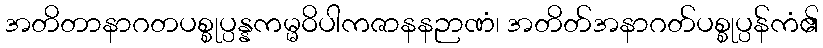
အတိတာနာဂတပစ္စုပ္ပန္နကမ္မဝိပါကဇာနနဉာဏံ၊ အတိတ်အနာဂတ်ပစ္စုပ္ပန်ကံ၏